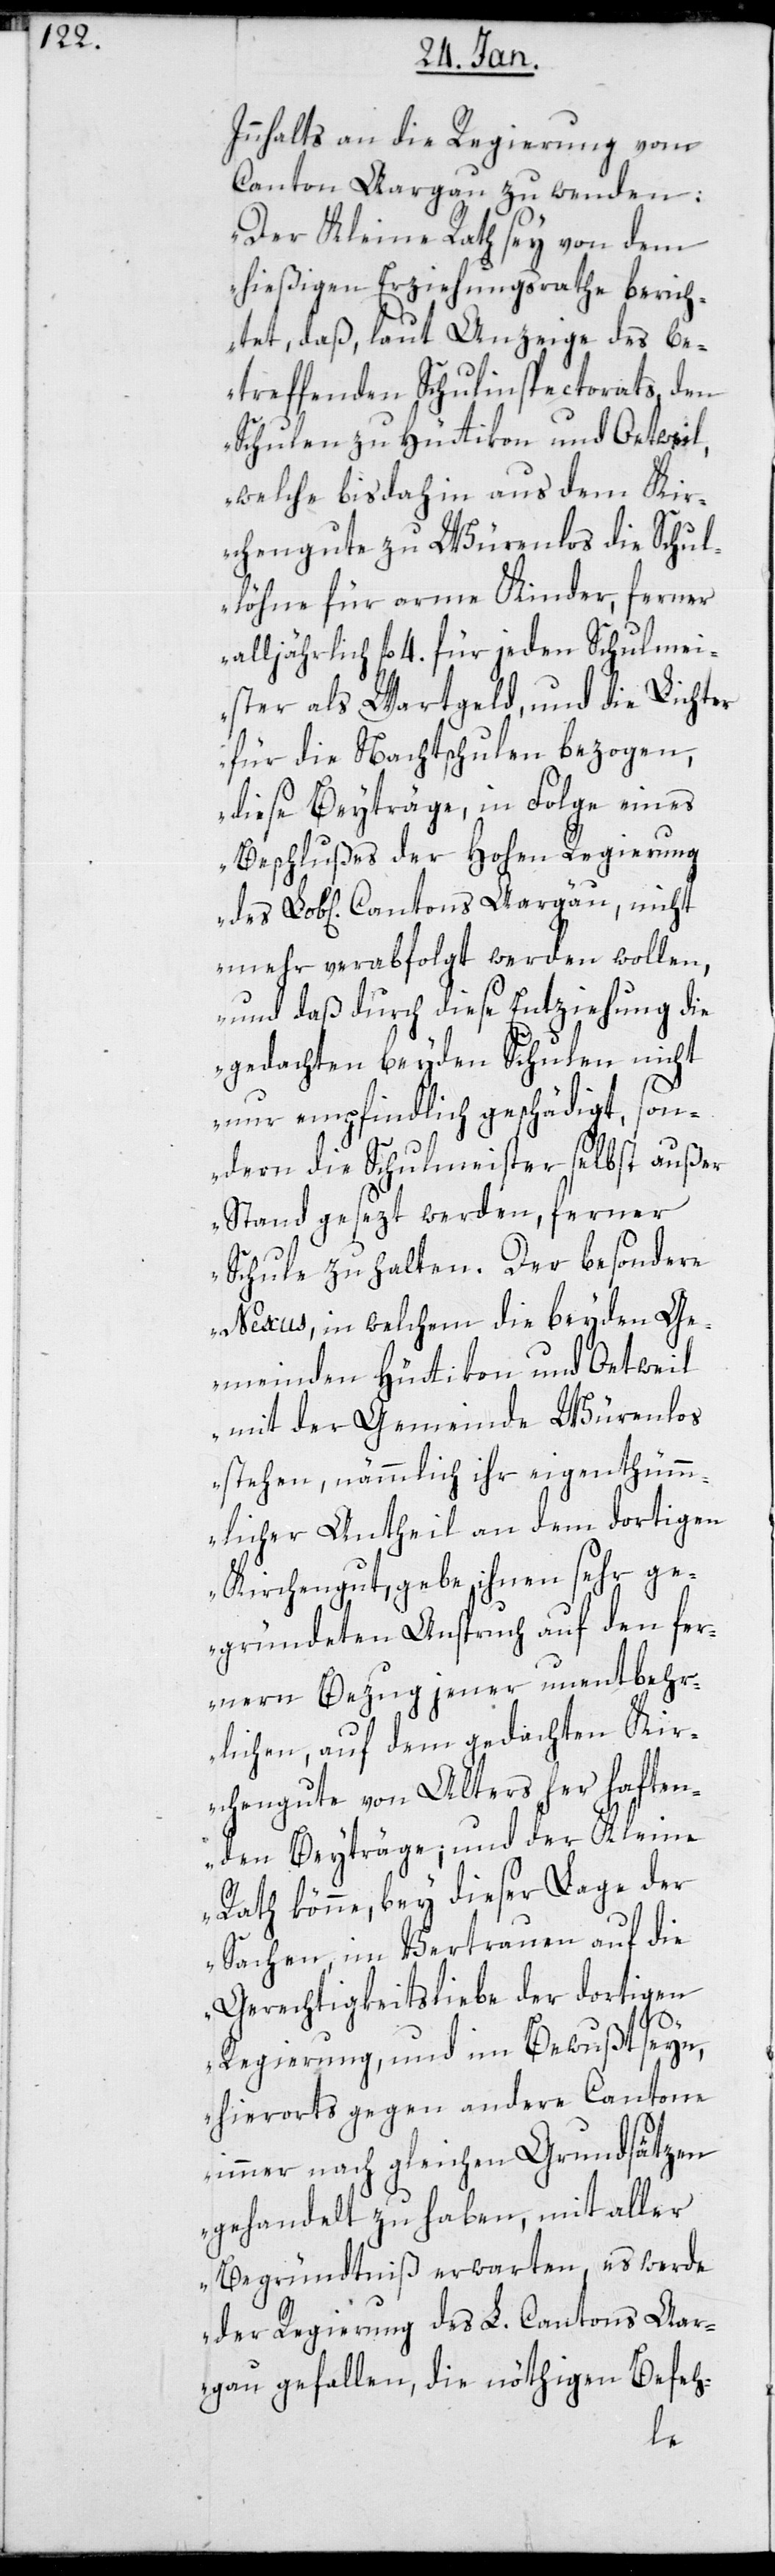
Innhalts an die Regierung vom
Canton Aargau zu wenden:
„Der Kleine Rath sey von dem
hießigen Erziehungsrathe berich¬
tet, daß laut Anzeige des be¬
treffenden Schulinspectorats den
Schulen zu Hüttikon und Oetwil,
welche bis dahin aus dem Kir¬
chengute zu Würenlos die Schul¬
löhne für arme Kinder, ferner
alljährlich fl. 4. für jeden Schulmei¬
ster als Wartgeld, und die Lichter
für die Nachtschulen bezogen,
diese Beyträge in Folge eines
Beschlußes der hohen Regierung
mehr verabfolgt werden wollen,
und daß durch diese Entziehung die
gedachten beyden Schulen nicht
nur empfindlich geschädigt, son¬
dern die Schulmeister selbst außer
Stand gesetzt werden, ferner
Schule zu halten. Der besondere
Nexus, in welchem die beiden Ge¬
meinden Hüttikon und Oetwil
mit der Gemeinde Würenlos
stehen, nämmlich ihr eigentümm¬
licher Antheil an dem dortigen
Kirchengut, gebe ihnen sehr ge¬
gründeten Anspruch auf den fer¬
neren Bezug jener unentbehr¬
lichen, auf dem gedachten Kir¬
chengute von alters her haften¬
den Beyträge, und der Kleine
Rath könne, bey dieser Lage der
Sachen, im Vertrauen auf die
Gerechtigkeitsliebe der dortigen
Regierung, und im Bewußtseyn,
hierorts gegen andere Cantone
immer nach gleichen Grundsätzen
gehandelt zu haben, mit aller
Begründtniß erwarten, es werde
der Regierung des L. Cantons Aar¬
gau gefallen, die nöthigen Befeh-